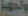
وتجهيز